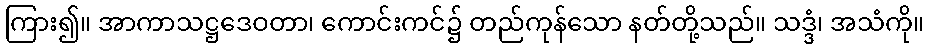
ကြား၍။ အာကာသဋ္ဌဒေဝတာ၊ ကောင်းကင်၌ တည်ကုန်သော နတ်တို့သည်။ သဒ္ဒံ၊ အသံကို။